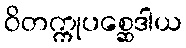
ဝိတက္ကုပစ္ဆေဒါယ